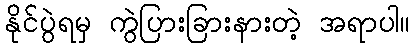
နိုင်ပွဲရမှ ကွဲပြားခြားနားတဲ့ အရာပါ။